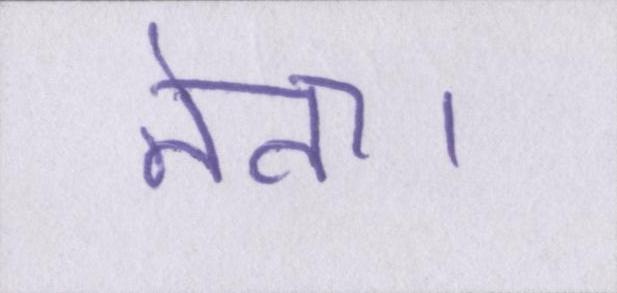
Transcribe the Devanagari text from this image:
नेता।